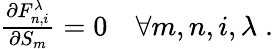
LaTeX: \begin{array}{r}{\frac{\partial F_{n,i}^{\lambda}}{\partial S_{m}}=0\quad\forall m,n,i,\lambda\; .}\end{array}